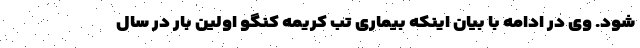
شود. وی در ادامه با بیان اینکه بیماری تب کریمه کنگو اولین بار در سال